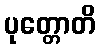
ပုတ္တောတိ